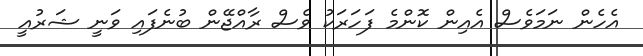
އެހެން ނަމަވެސް އެއިން ކޮންމެ ފަހަރަކު ވެސް ރާއްޖޭން ބުނެފައި ވަނީ ޝަރުއީ